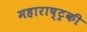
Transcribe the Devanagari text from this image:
महाराष्ट्रकी